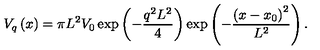
V _ { q } \left( x \right) = \pi L ^ { 2 } V _ { 0 } \exp \left( - \frac { q ^ { 2 } L ^ { 2 } } 4 \right) \exp \left( - \frac { \left( x - x _ { 0 } \right) ^ { 2 } } { L ^ { 2 } } \right) .